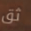
ثق